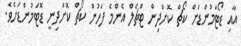
އާއި ޑޯޓަމުންޑަށް ކޯޗް ކޮށްދިން ޓްޗެލް އެންމެ ފަހުން ކޯޗް ކޮށްދިނީ ޑޮޓަމުންޑަށެވެ.